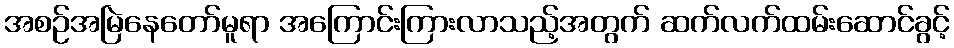
အစဉ်အမြဲနေတော်မူရာ အကြောင်းကြားလာသည့်အတွက် ဆက်လက်ထမ်းဆောင်ခွင့်